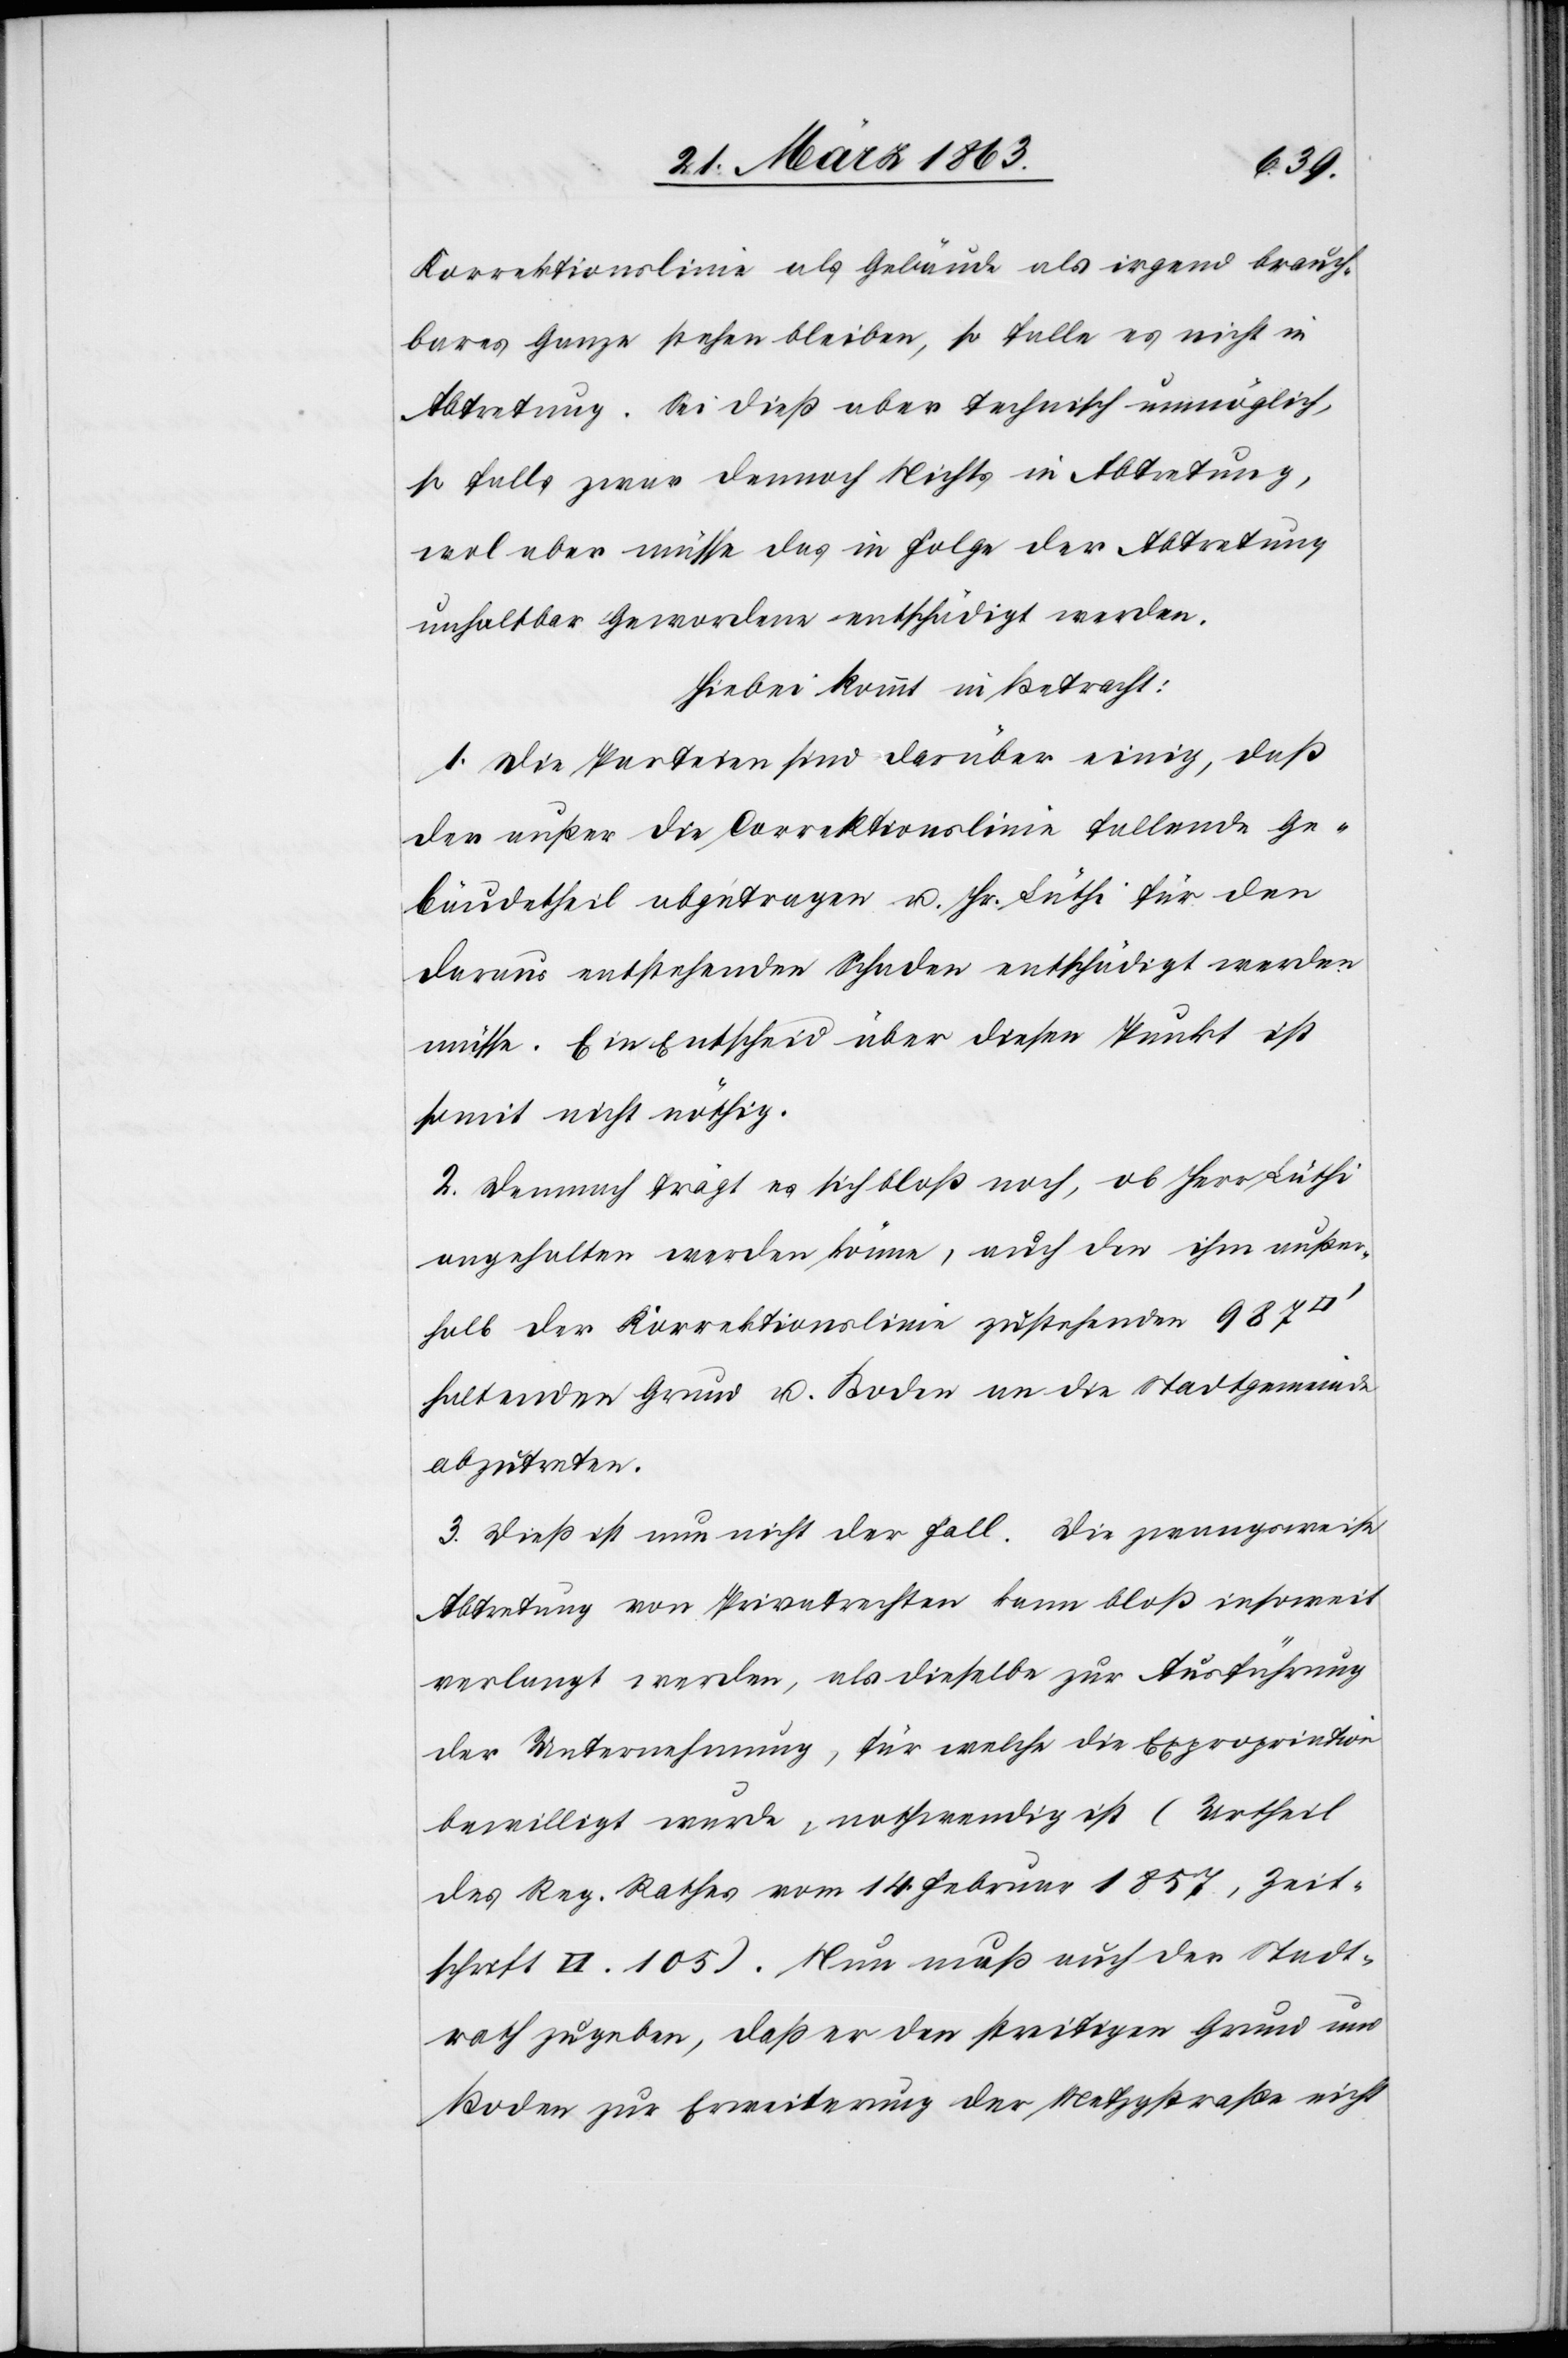
Korrektionslinie als Gebäude als irgend brauch¬
bares Ganze stehen bleiben, so falle es nicht in
Abtretung. Sei dieß aber technisch unmöglich,
[recte: falle] zwar dennoch Nichts in Abtretung,
wol aber müsse das in Folge der Abtretung
unhaltbar Gewordene entschädigt werden.
Hiebei kommt in Betracht:
1. Die Parteien sind darüber einig, daß
der außer die Correktionslinie fallende Ge¬
bäudetheil abgetragen u. Hr. Lüthi für den
daraus entstehenden Schaden entschädigt werden
müsse. Ein Entscheid über diesen Punkt ist
somit nicht nöthig.
2. Demnach frägt es sich bloß noch, ob Herr Lüthi
angehalten werden könne, auch den ihm außer¬
halb der Korrektionslinie zustehenden 987
haltenden Grund u. Boden an die Stadtgemeinde
abzutreten.
3. Dies ist nun nicht der Fall. Die zwangsweise
Abtretung von Privatrechten kann bloß insoweit
verlangt werden, als dieselbe zur Ausführung
der Unternehmung, für welche die Expropriation
bewilligt wurde, nothwendig ist (Urtheil
des Reg. Rathes vom 14. Februar 1857, Zeit¬
schrift VI. 105). Nun muß auch der Stadt¬
rath zugeben, daß er den streitigen Grund und
Boden zur Erweiterung der Metzgstraße nicht